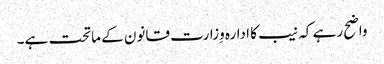
واضح رہے کہ نیب کا ادارہ وِزارت قانون کے ماتحت ہے۔